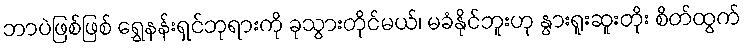
ဘာပဲဖြစ်ဖြစ် ရွှေနန်းရှင်ဘုရားကို ခုသွားတိုင်မယ်၊ မခံနိုင်ဘူးဟု နွားရူးဆူးတိုး စိတ်ထွက်